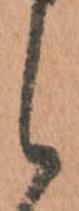
候